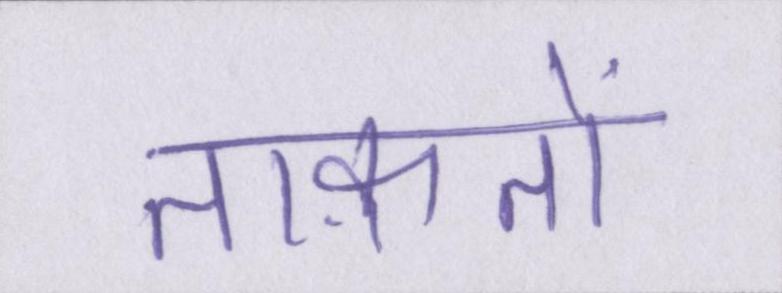
ताक़तों